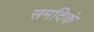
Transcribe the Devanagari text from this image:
समदिकं